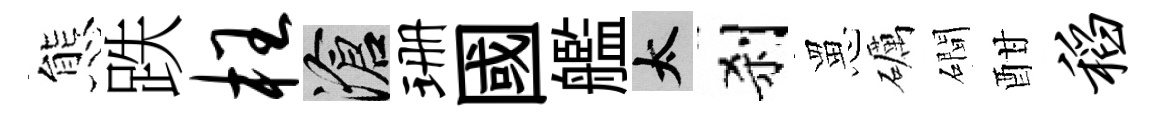
態跌枉滄珊國艦太刹罳礪磵酣稻